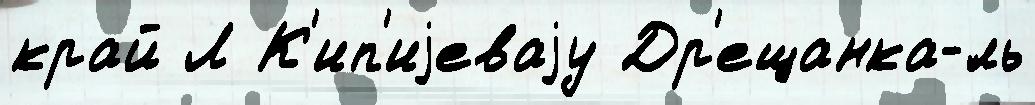
край Л К'ип'иjеваjу Др'ещанка-́ль